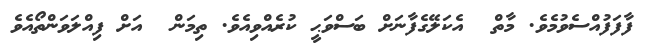
ފާފަފުއްސެވުމެވެ. މާތް  އެކަލޭގެފާނަށް ބަސްވަޙީ ކުރެއްވިއެވެ. ތިމަން  އަށް ފިއްލަވަންތޯއެވެ